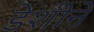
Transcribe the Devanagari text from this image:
डेशीने